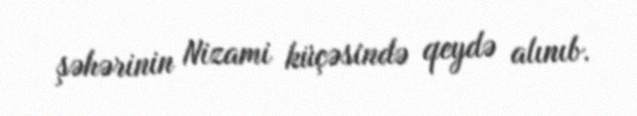
şəhərinin Nizami küçəsində qeydə alınıb.